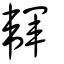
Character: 韗